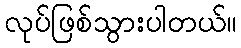
လုပ်ဖြစ်သွားပါတယ်။